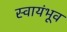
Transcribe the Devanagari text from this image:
स्वायंभूव